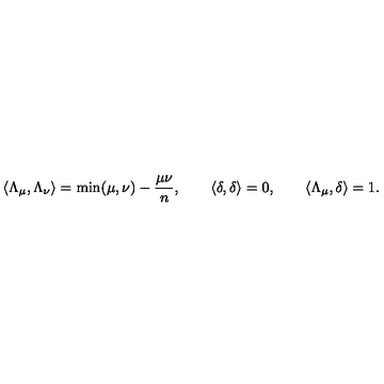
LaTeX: \langle \Lambda _ { \mu } , \Lambda _ { \nu } \rangle = \mathrm { m i n } ( \mu , \nu ) - \frac { \mu \nu } { n } , \qquad \langle \delta , \delta \rangle = 0 , \qquad \langle \Lambda _ { \mu } , \delta \rangle = 1 .